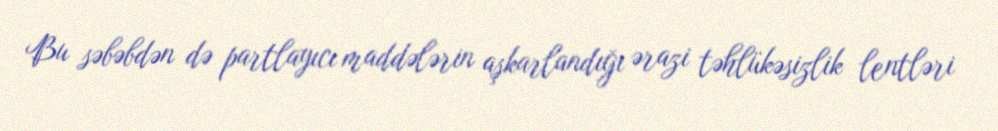
Bu səbəbdən də partlayıcı maddələrin aşkarlandığı ərazi təhlükəsizlik lentləri